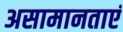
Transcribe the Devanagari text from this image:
असामानताएं